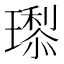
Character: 𭺇